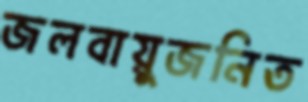
জলবায়ুজনিত